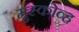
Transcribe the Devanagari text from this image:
मुस्कोव्ह